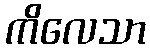
ကိလေသာ